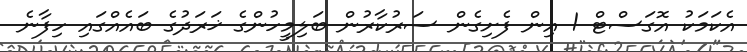
އެކަމަކު އޮގަސްޓް 1 އިން ފެށިގެން ސަރުކާރުން ބަލިމީހުންގެ ޚަރަދުގެ ބައެއްގައި ހިފާނެ